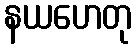
နယဟေတု